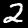
Label: 2